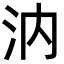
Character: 汭